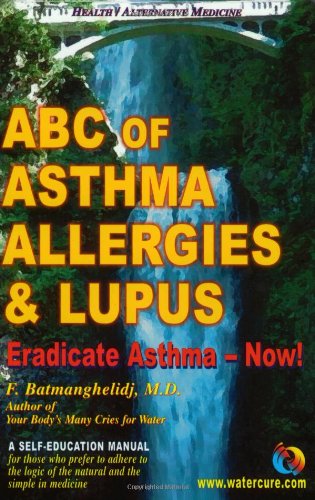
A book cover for ABC of Asthma, Allergies and Lupus: Eradicate Asthma - Now!; F. Batmanghelidj; Health, Fitness & Dieting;